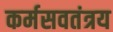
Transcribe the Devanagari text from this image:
कर्मसवतंत्रय